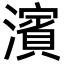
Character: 濱